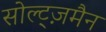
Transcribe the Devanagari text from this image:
सोल्ट्ज़मैन